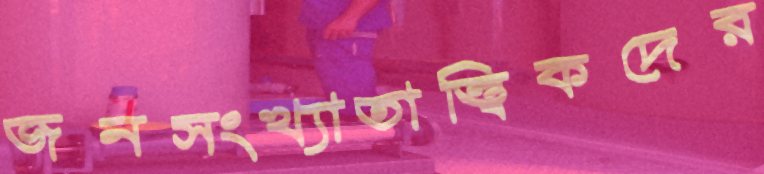
জনসংখ্যাতাত্ত্বিকদের